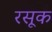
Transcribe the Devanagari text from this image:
रसूक